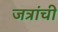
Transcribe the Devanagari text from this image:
जत्रांची